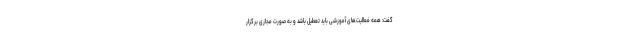
گفت: همه فعالیت‌های آموزشی باید تعطیل باشد و به صورت مجازی برگزار